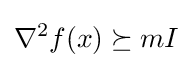
\nabla ^{2}f(x)\succeq mI